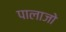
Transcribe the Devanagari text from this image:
पालाजो